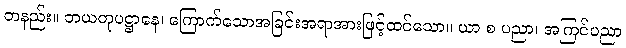
တနည်း။ ဘယတုပဋ္ဌာနေ၊ ကြောက်သောအခြင်းအရာအားဖြင့်ထင်သော။ ယာ စ ပညာ၊ အကြင်ပညာ